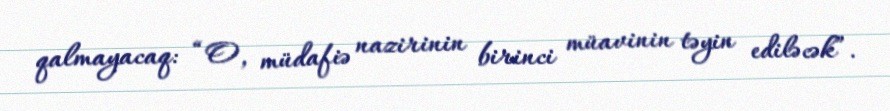
qalmayacaq: “O, müdafiə nazirinin birinci müavinin təyin ediləcək”.